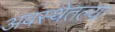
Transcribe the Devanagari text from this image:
अवस्थेतल्या